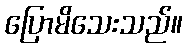
ပြောမိသေးသည်။